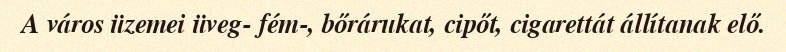
A város üzemei üveg- fém-, bőrárukat, cipőt, cigarettát állítanak elő.